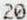
20